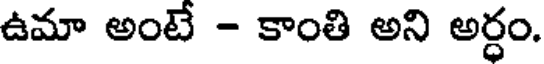
ఉమా అంటే - కాంతి అని అర్ధం.